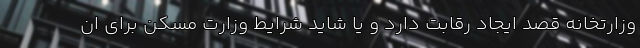
وزارتخانه قصد ایجاد رقابت دارد و یا شاید شرایط وزارت مسکن برای ان